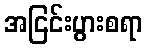
အငြင်းပွားစရာ